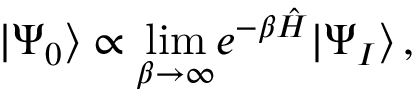
| \Psi _ { 0 } \rangle \propto \underset { \beta \to \infty } { \operatorname* { l i m } } e ^ { - \beta \hat { H } } | \Psi _ { I } \rangle \, ,